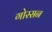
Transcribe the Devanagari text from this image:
गोस्सन